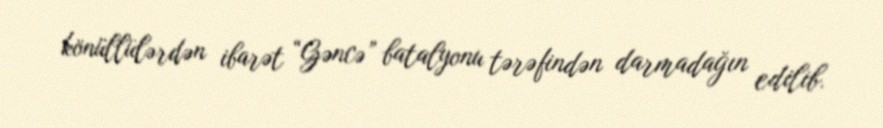
könüllülərdən ibarət “Gəncə” batalyonu tərəfindən darmadağın edilib.